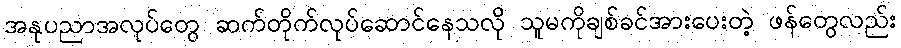
အနုပညာအလုပ်တွေ ဆက်တိုက်လုပ်ဆောင်နေသလို သူမကိုချစ်ခင်အားပေးတဲ့ ဖန်တွေလည်း